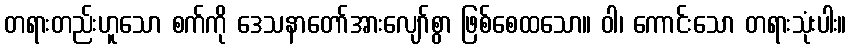
တရားတည်းဟူသော စက်ကို ဒေသနာတော်အားလျော်စွာ ဖြစ်စေထသော။ ဝါ၊ ကောင်းသော တရားသုံးပါး။